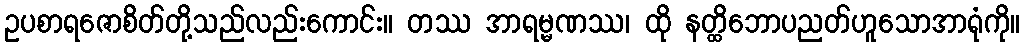
ဥပစာရဇောစိတ်တို့သည်လည်းကောင်း။ တဿ အာရမ္မဏဿ၊ ထို နတ္ထိဘောပညတ်ဟူသောအာရုံကို။